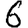
Digit: 6